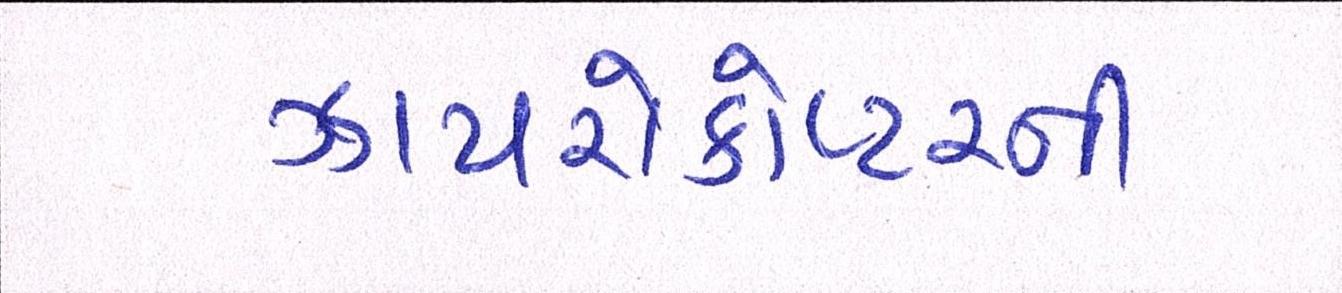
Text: ઝાયરોકોપ્ટરની